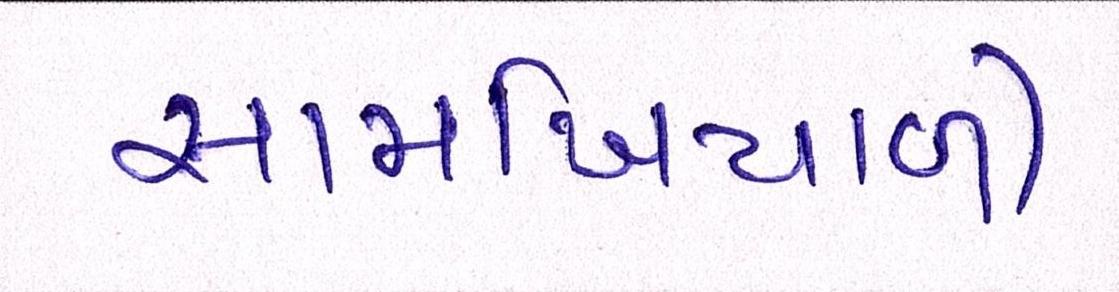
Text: સામખિયાળી